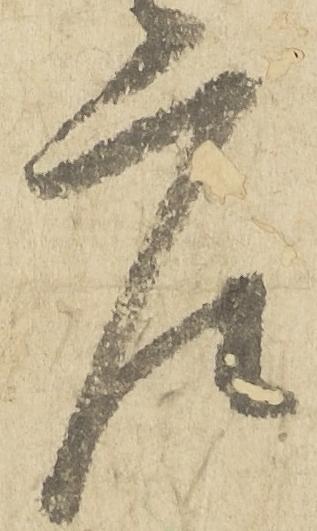
庄